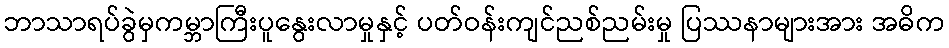
ဘာသာရပ်ခွဲမှကမ္ဘာကြီးပူနွေးလာမှုနှင့် ပတ်ဝန်းကျင်ညစ်ညမ်းမှု ပြဿနာများအား အဓိက